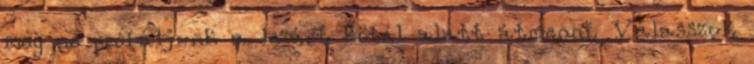
meg ne próbáljunk a lezárt kötél alatt átmenni. Válasszuk